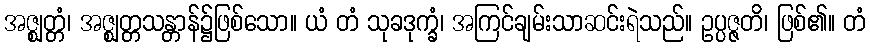
အဇ္ဈတ္တံ၊ အဇ္ဈတ္တသန္တာန်၌ဖြစ်သော။ ယံ တံ သုခဒုက္ခံ၊ အကြင်ချမ်းသာဆင်းရဲသည်။ ဥပ္ပဇ္ဇတိ၊ ဖြစ်၏။ တံ